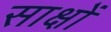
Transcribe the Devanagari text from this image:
साक्षों